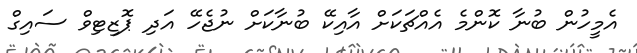
އެމީހުން ބުނާ ކޮންމެ އެއްޗަކަށް އާއިކޭ ބުނާކަށް ނުޖެހޭ އަދި ޕޮޒިޓިވް ސައިގް